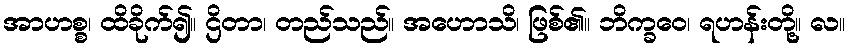
အာဟစ္စ၊ ထိခိုက်၍။ ဌိတာ၊ တည်သည်။ အဟောသိ၊ ဖြစ်၏။ ဘိက္ခဝေ၊ ရဟန်းတို့။ လ။